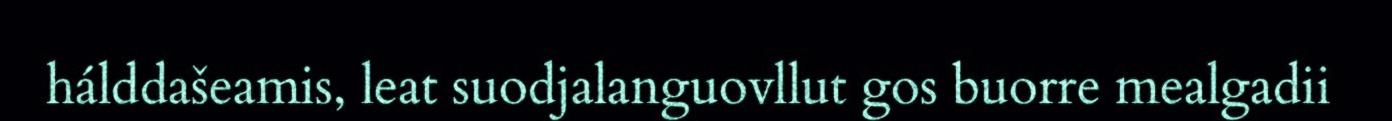
hálddašeamis, leat suodjalanguovllut gos buorre mealgadii